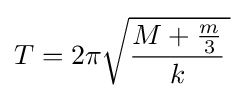
T=2\pi {\sqrt {{\frac {M+{\frac {m}{3}}}{k}}\,}}